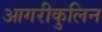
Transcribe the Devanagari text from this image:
आगरीकुलिन